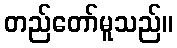
တည်တော်မူသည်။